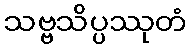
သဗ္ဗသိပ္ပဿုတံ